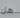
هل